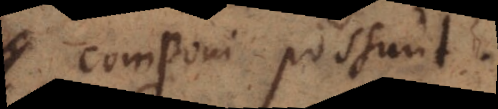
componi possunt.